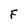
Character: F